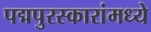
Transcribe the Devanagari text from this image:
पद्मपुरस्कारांमध्ये